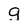
Character: g